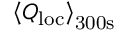
\left< Q _ { \mathrm { l o c } } \right> _ { \mathrm { 3 0 0 s } }